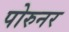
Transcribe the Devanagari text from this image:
पोरुनर